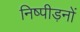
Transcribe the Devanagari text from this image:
निष्पीड़नों